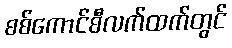
စစ်ကောင်စီလက်ထက်တွင်